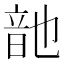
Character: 䪧